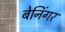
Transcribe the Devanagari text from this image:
बेनिंगर